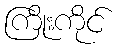
ကြိုးကိုင်